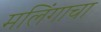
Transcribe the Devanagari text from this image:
मलिंगाचा